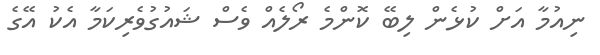
ނިއުމާ އަށް ކުޅެން ލިބޭ ކޮންމެ ރޯލެއް ވެސް ޝައުގުވެރިކަމާ އެކު އޭގެ